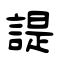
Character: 諟